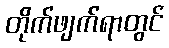
တိုက်ဖျက်ရာတွင်